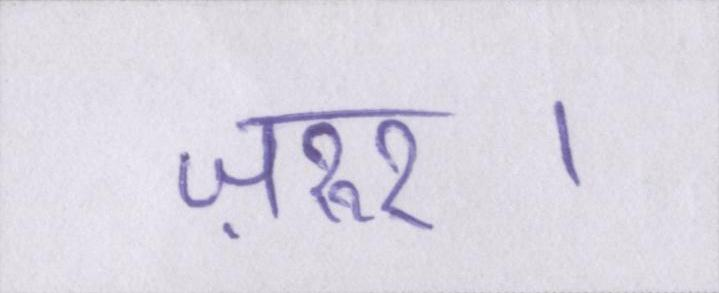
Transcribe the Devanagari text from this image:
ज़रुर।